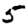
Digit: 5